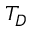
T _ { D }